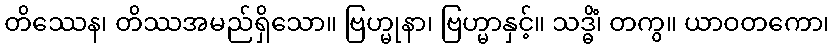
တိဿေန၊ တိဿအမည်ရှိသော။ ဗြဟ္မုနာ၊ ဗြဟ္မာနှင့်။ သဒ္ဓိံ၊ တကွ။ ယာဝတကော၊